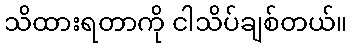
သိထားရတာကို ငါသိပ်ချစ်တယ်။